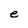
Character: e